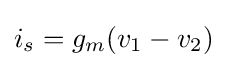
i_{s}=g_{m}(v_{1}-v_{2})